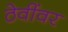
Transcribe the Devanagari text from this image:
ठेवींवर